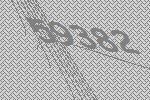
59382